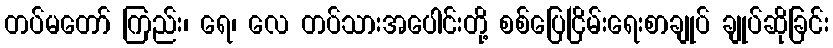
တပ်မတော် ကြည်း၊ ရေ၊ လေ တပ်သားအပေါင်းတို့ စစ်ပြေငြိမ်းရေးစာချုပ် ချုပ်ဆိုခြင်း